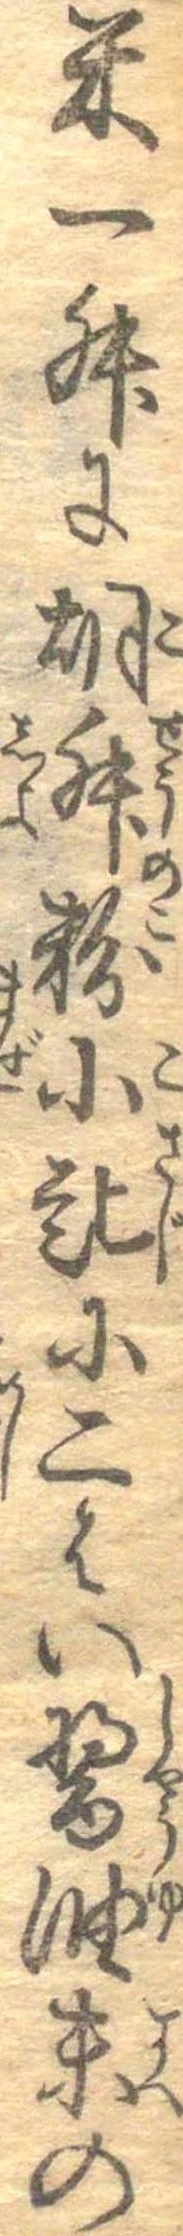
米一升に胡椒粉小匙に二はい醤油末の